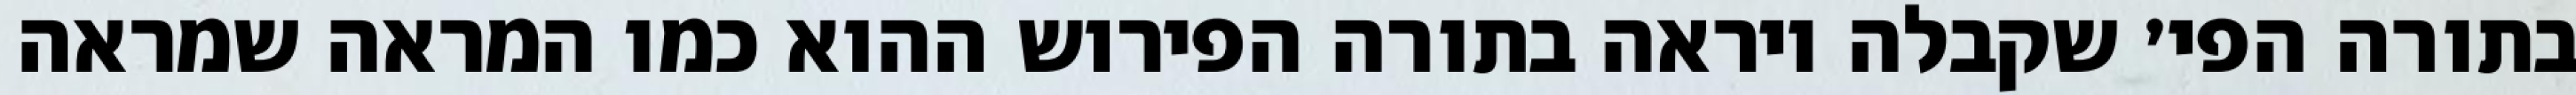
בתורה הפי׳ שקבלה ויראה בתורה הפירוש ההוא כמו המראה שמראה